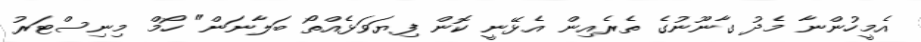
އެމީހުންނާ މެދު ގާނޫނުގެ ތެރެއިން އެޅޭނީ ކޮން ފިޔަވަޅެއްތޯ ބަލާނަން" ހޯމް މިނިސްޓަރު